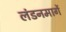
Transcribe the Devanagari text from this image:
लंडनमार्गे